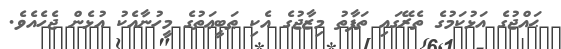
ޙައްޖުގެ އަޅުކަމުގެ ތެރޭގައި ތަފާތު މިޒާޖުގެ އެކި ޠަބީޢަތުގެ މީހުނާއެކު އުޅެން ޖެހެއެވެ.